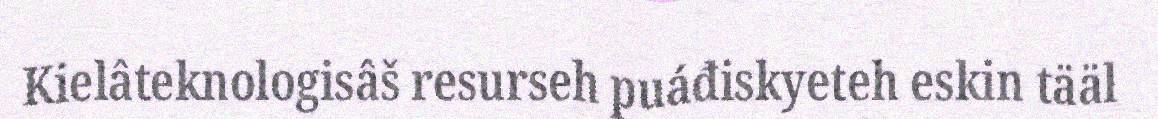
Kielâteknologisâš resurseh puáđiskyeteh eskin tääl